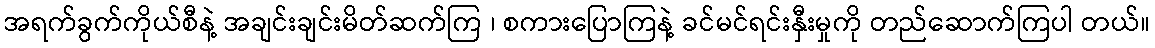
အရက်ခွက်ကိုယ်စီနဲ့ အချင်းချင်းမိတ်ဆက်ကြ ၊ စကားပြောကြနဲ့ ခင်မင်ရင်းနှီးမှုကို တည်ဆောက်ကြပါ တယ်။